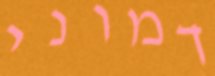
דמוני